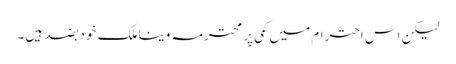
لیکن اس احترام میں کمی پر محترمہ وینا ملک خود بضد ہیں۔